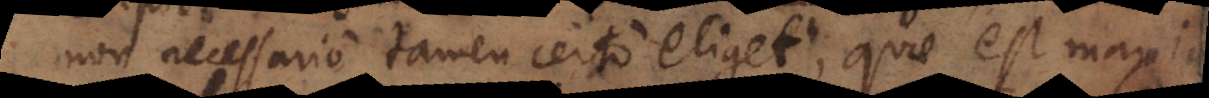
non necessario tamen certo eliget, quae est maxime